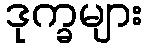
ဒုက္ခများ